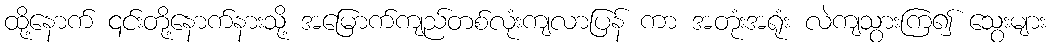
ထို့နောက် ၎င်းတို့နောက်နားသို့ အမြောက်ကျည်တစ်လုံးကျလာပြန် ကာ အတုံးအရုံး လဲကျသွားကြ၍ သွေးများ